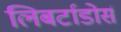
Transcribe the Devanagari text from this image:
लिबर्टाडोर्स